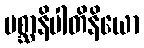
ပစ္ဆာနိပါတိနိယော